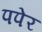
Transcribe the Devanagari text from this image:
पपेर